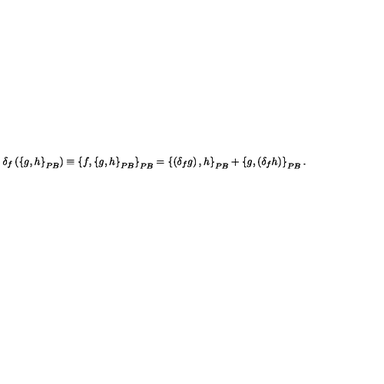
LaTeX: \delta _ { f } \left( \left\{ g , h \right\} _ { { \footnotesize P B } } \right) \equiv \left\{ f , \left\{ g , h \right\} _ { { \footnotesize P B } } \right\} _ { { \footnotesize P B } } = \left\{ \left( \delta _ { f } g \right) , h \right\} _ { { \footnotesize P B } } + \left\{ g , \left( \delta _ { f } h \right) \right\} _ { { \footnotesize P B } } .